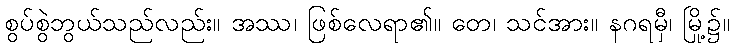
စွပ်စွဲဘွယ်သည်လည်း။ အဿ၊ ဖြစ်လေရာ၏။ တေ၊ သင်အား။ နဂရမှီ၊ မြို့၌။